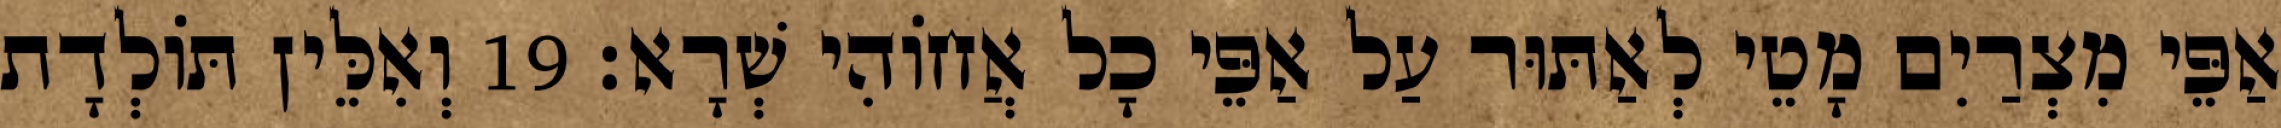
אַפֵּי מִצְרַיִם מָטֵי לְאַתּוּר עַל אַפֵּי כָל אֲחוֹהִי שְׁרָא׃ 19 וְאִלֵּין תּוֹלְדָת